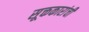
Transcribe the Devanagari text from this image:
सूक्तकारांची